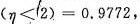
( η ≤ 2 ) = 0 . 9 7 7 2$$，